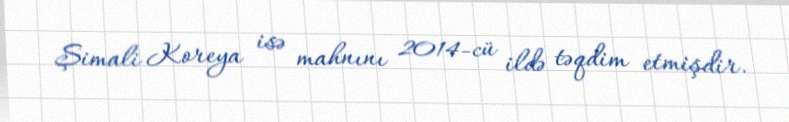
Şimali Koreya isə mahnını 2014-cü ildə təqdim etmişdir.